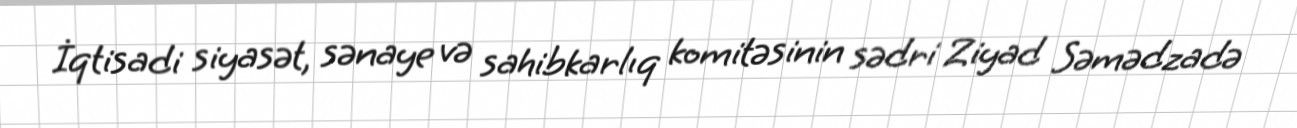
İqtisadi siyasət, sənaye və sahibkarlıq komitəsinin sədri Ziyad Səmədzadə